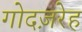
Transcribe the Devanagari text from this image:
गोदज़रेह